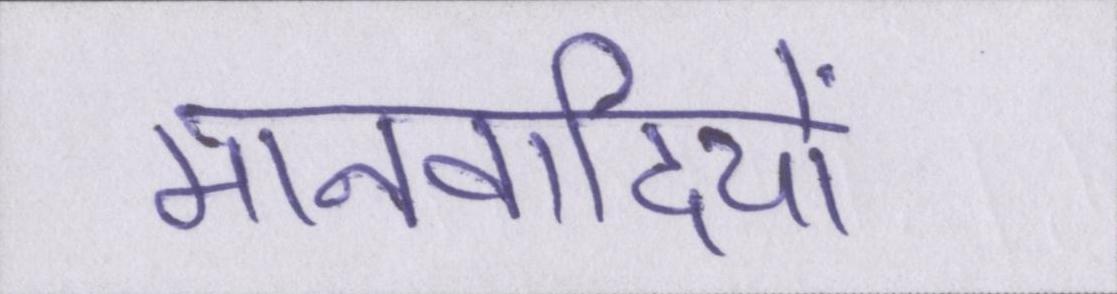
मानवादियों